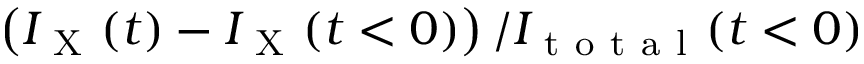
\left( I _ { \mathrm { ~ X ~ } } ( t ) - I _ { \mathrm { ~ X ~ } } ( t < 0 ) \right) / I _ { \mathrm { ~ t ~ o ~ t ~ a ~ l ~ } } ( t < 0 )